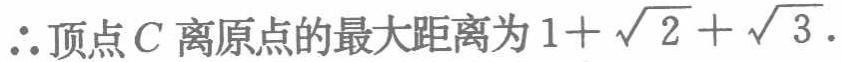
\(\therefore\)顶点\(C\)离原点的最大距离为\(1 + \sqrt{2} + \sqrt{3}\).